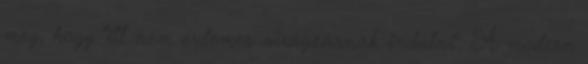
meg, hogy "itt nem érdemes virágzásnak indulni". A modern